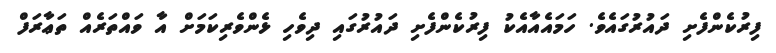
ފިރުކެންފެށި ދައުރުގައެވެ. ހަމައެއާއެކު ފިރުކެންފެށި ދައުރުގައި ދިވެހި ޅެންވެރިކަމަށް އާ ވައްތަރެއް ތަޢާރަފް